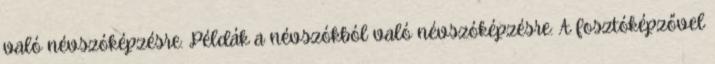
való névszóképzésre: Példák a névszókból való névszóképzésre: A fosztóképzővel